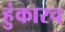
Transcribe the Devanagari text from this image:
हुंकारच